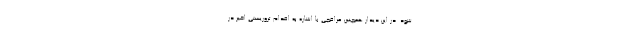
شود. در این دیدار همچنین عراقچی با اشاره به اقدام تروریستی اخیر در